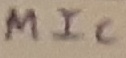
Text: MiC